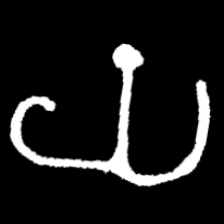
Pyu character \u2014 Myanmar letter: ယ (romanized: ya)